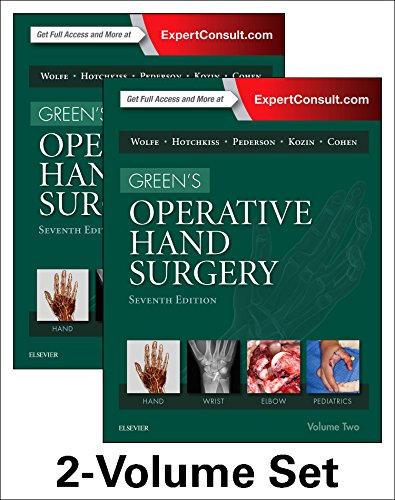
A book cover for Green's Operative Hand Surgery, 2-Volume Set, 7e; Scott W. Wolfe MD; Medical Books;